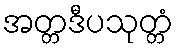
အတ္တဒီပသုတ္တံ